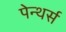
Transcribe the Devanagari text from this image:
पेन्थर्स